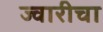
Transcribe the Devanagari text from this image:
ज्वारीचा